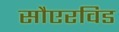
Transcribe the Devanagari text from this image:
सौएरविड